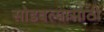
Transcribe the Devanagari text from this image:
सोडवल्यासाठी